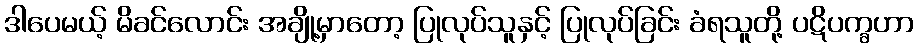
ဒါပေမယ့် မိခင်လောင်း အချို့မှာတော့ ပြုလုပ်သူနှင့် ပြုလုပ်ခြင်း ခံရသူတို့ ပဋိပက္ခဟာ